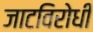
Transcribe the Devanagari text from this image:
जाटविरोधी